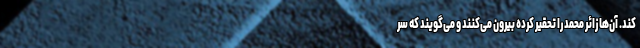
کند. آن‌ها زائر محمد را تحقیر کرده بیرون می‌کنند و می‌گویند که سر